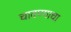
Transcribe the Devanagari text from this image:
चावण्याचा